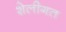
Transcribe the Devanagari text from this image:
शेलीगत